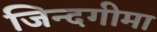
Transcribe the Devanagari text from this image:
जिन्दगीमा